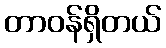
တာဝန်ရှိတယ်